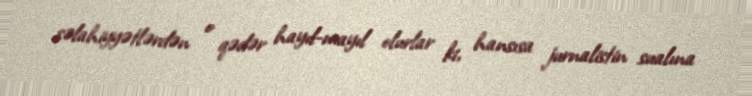
səlahiyyətlərdən o qədər hayıl-mayıl olurlar ki, hansısa jurnalistin sualına